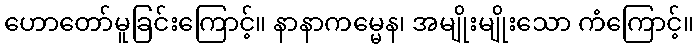
ဟောတော်မူခြင်းကြောင့်။ နာနာကမ္မေန၊ အမျိုးမျိုးသော ကံကြောင့်။